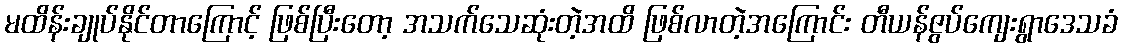
မထိန်းချုပ်နိုင်တာကြောင့် ဖြစ်ပြီးတော့ အသက်သေဆုံးတဲ့အထိ ဖြစ်လာတဲ့အကြောင်း တီယန်ဇွပ်ကျေးရွာဒေသခံ